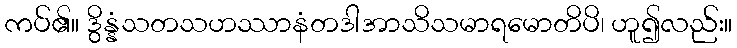
ကပ်၏။ ဒွိန္နံသတသဟဿာနံတဒါအာသိသမာရမောတိပိ၊ ဟူ၍လည်း။